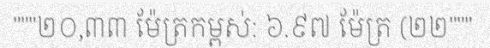
"""២០,៣៣ ម៉ែត្រកម្ពស់: ៦.៩៧ ម៉ែត្រ (២២"""